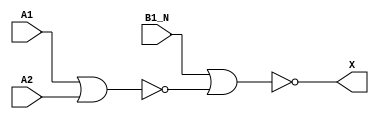
module sky130_fd_sc_lp__o21ba (
    X   ,
    A1  ,
    A2  ,
    B1_N
);

    // Module ports
    output X   ;
    input  A1  ;
    input  A2  ;
    input  B1_N;

    // Module supplies
    supply1 VPWR;
    supply0 VGND;
    supply1 VPB ;
    supply0 VNB ;

    // Local signals
    wire nor0_out  ;
    wire nor1_out_X;

    //  Name  Output      Other arguments
    nor nor0 (nor0_out  , A1, A2         );
    nor nor1 (nor1_out_X, B1_N, nor0_out );
    buf buf0 (X         , nor1_out_X     );

endmodule